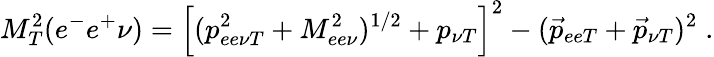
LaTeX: M_{T}^{2}(e^{-}e^{+}\nu)=\left[(p_{ee\nu T}^{2}+M_{ee\nu}^{2})^{1/2}+p_{\nu T}\right]^{2}-(\vec{p}_{eeT}+\vec{p}_{\nu T})^{2}\; .